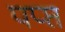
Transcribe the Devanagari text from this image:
पप्प्त